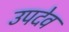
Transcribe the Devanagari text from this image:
उपदेव